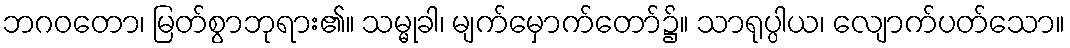
ဘဂဝတော၊ မြတ်စွာဘုရား၏။ သမ္မုခါ၊ မျက်မှောက်တော်၌။ သာရုပ္ပါယ၊ လျောက်ပတ်သော။